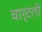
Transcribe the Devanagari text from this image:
चार्टली